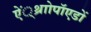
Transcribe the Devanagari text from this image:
ऐं्थ्राोपॉएडों